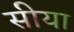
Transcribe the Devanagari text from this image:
सीया